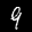
Label: 9